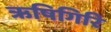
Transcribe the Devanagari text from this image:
ऋषिगिरि